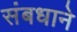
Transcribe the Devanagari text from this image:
संबधाने